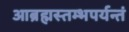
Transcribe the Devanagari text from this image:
आब्रह्मस्तम्भपर्यन्तं